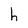
Character: h